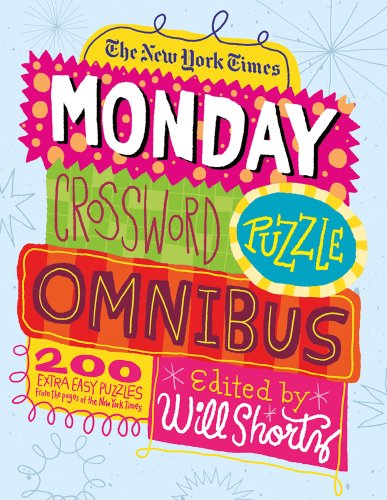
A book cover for The New York Times Monday Crossword Puzzle Omnibus: 200 Solvable Puzzles from the Pages of The New York Times; The New York Times; Humor & Entertainment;